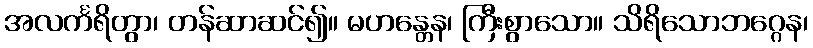
အလင်္ကရိတွာ၊ တန်ဆာဆင်၍။ မဟန္တေန၊ ကြီးစွာသော။ သိရိသောဘဂ္ဂေန၊